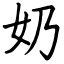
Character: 奶